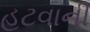
હટવાની